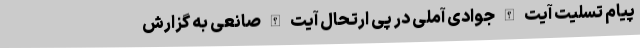
پیام تسلیت آیت الله جوادی آملی در پی ارتحال آیت الله صانعی به گزارش